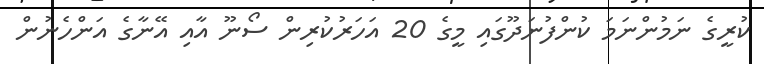
ކުރީގެ ނަމުންނަމަ ކުންފުނަދޫގައި މީގެ 20 އަހަރުކުރިން ސޯނޫ އާއި އޭނާގެ އަންހެނުން